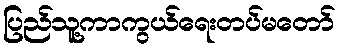
ပြည်သူ့ကာကွယ်ရေးတပ်မတော်